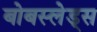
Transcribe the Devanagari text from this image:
बोबस्लेड्स